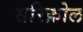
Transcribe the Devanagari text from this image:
सरिक़ोल